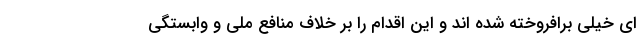
ای خیلی برافروخته شده اند و این اقدام را بر خلاف منافع ملی و وابستگی